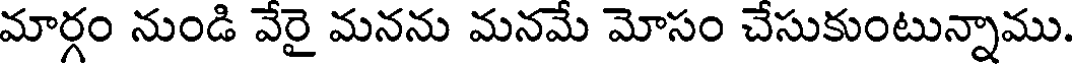
మార్గం నుండి వేరై మనను మనమే మోసం చేసుకుంటున్నాము